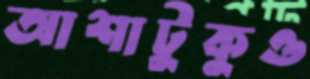
আশাটুকুও